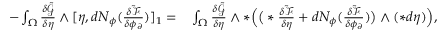
\begin{array} { r l } { - \int _ { \Omega } \frac { \delta \tilde { \mathcal { G } } } { \delta \eta } \wedge [ \eta , d N _ { \phi } ( \frac { \delta \tilde { \mathcal { F } } } { \delta \phi _ { \partial } } ) ] _ { 1 } = } & { { } \int _ { \Omega } \frac { \delta \tilde { \mathcal { G } } } { \delta \eta } \wedge \ast \Big ( \big ( \ast \frac { \delta \tilde { \mathcal { F } } } { \delta \eta } + d N _ { \phi } ( \frac { \delta \tilde { \mathcal { F } } } { \delta \phi _ { \partial } } ) \big ) \wedge ( \ast d \eta ) \Big ) , } \end{array}